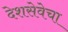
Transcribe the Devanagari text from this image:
देशसेवेचा